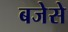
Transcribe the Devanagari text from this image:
बजेसे